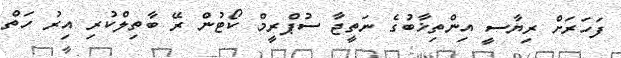
ފަހަރަށް ރިޔާސީ އިންތިޚާބުގެ ނަތީޖާ ސުޕްރީމް ކޯޓުން ރޭ ބާތިލްކުރި އިރު ހަތް